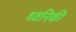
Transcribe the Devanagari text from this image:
ध्‍वनिकी